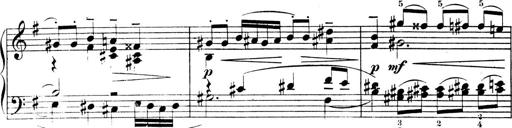
Title: 4 Sonatines
Composer: Max Reger